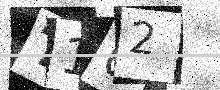
Text: T162